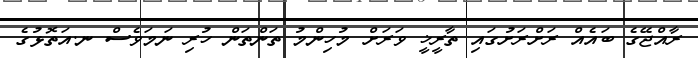
ރާއްޖޭގެ ބައެއް ރަށްރަށުގައި ތާރީޚީ ވަރަށް މުހިންމު ތަންތަން ހުރި ނަމަވެސް ނ.އަތޮޅުގެ